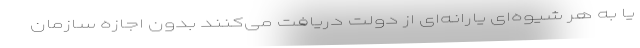
یا به هر شیوه‌ای یارانه‌ای از دولت دریافت می‌کنند بدون اجازه سازمان